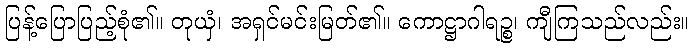
ပြန့်ပြောပြည့်စုံ၏။ တုယှံ၊ အရှင်မင်းမြတ်၏။ ကောဋ္ဌာဂါရဉ္စ၊ ကျီကြသည်လည်း။